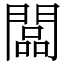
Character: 闆